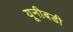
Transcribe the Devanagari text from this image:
यूनीबडी